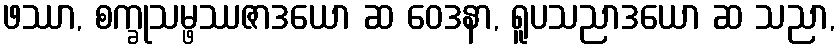
ဖဿာ, စက္ခုသမ္ဖဿဇာဒယော ဆ ဝေဒနာ, ရူပသညာဒယော ဆ သညာ,